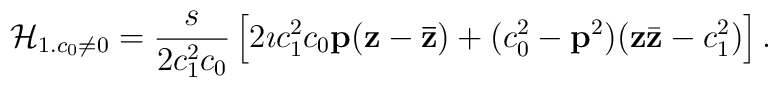
{\cal H}_{1.c_0\neq0}=\frac{s}{2c^2_1c_0}\left[ 2\imath c^2_1c_0 {\bf p}({\bf z}-{\bf{\bar z}}) +(c^2_0 -{\bf p}^2)({\bf z}{\bar{\bf z}}-c^2_1)\right].